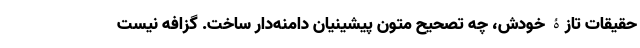
حقیقات تازۀ خودش، چه تصحیح متون پیشینیان دامنه‌دار ساخت. گزافه نیست